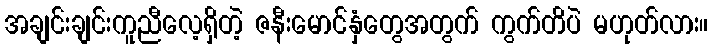
အချင်းချင်းကူညီလေ့ရှိတဲ့ ဇနီးမောင်နှံတွေအတွက် ကွက်တိပဲ မဟုတ်လား။